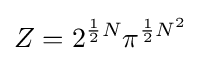
Z=2^{{\frac {1}{2}}N}\pi ^{{\frac {1}{2}}N^{2}}